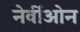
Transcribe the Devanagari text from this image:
नेर्वीओन